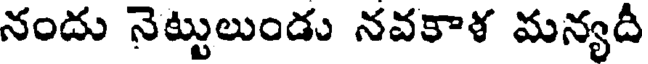
నందు నెట్టులుండు నవకాళ మన్యదీ